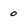
Character: 0